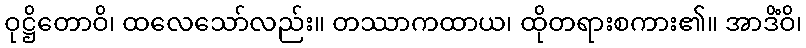
ဝုဋ္ဌိတောဝိ၊ ထလေသော်လည်း။ တဿာကထာယ၊ ထိုတရားစကား၏။ အာဒိံဝိ၊